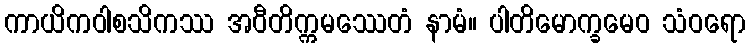
ကာယိကဝါစသိကဿ အဝီတိက္ကမဿေတံ နာမံ။ ပါတိမောက္ခမေဝ သံဝရော